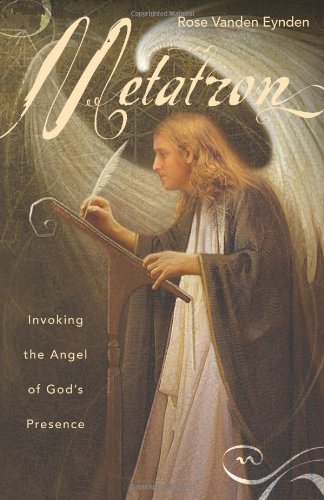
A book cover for Metatron: Invoking the Angel of God's Presence; Rose Vanden Eynden; Religion & Spirituality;